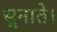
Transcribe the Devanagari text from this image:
सुनाते।